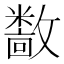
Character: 𫿝